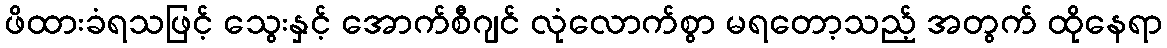
ဖိထားခံရသဖြင့် သွေးနှင့် အောက်စီဂျင် လုံလောက်စွာ မရတော့သည့် အတွက် ထိုနေရာ